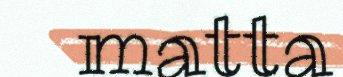
matta